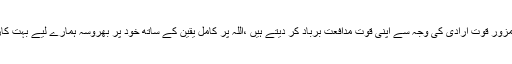
بہت سے لوگ کمزور قوت ارادی کی وجہ سے اپنی قوت مدافعت برباد کر دیتے ہیں ،اللہ پر کامل یقین کے ساتھ خود پر بھروسہ ہمارے لیے بہت کار گر ثابت ہو گا۔